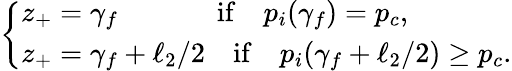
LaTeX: \left\{ \begin{array}{ll}{z_{+}=\gamma_{f}~~~~~~\qquad\mathrm{if}\quad p_{i}(\gamma_{f})=p_{c},}\\ {z_{+}=\gamma_{f}+\ell_{2}/2\quad\mathrm{if}\quad p_{i}(\gamma_{f}+\ell_{2}/2)\geq p_{c}.}\end{array}\right.